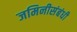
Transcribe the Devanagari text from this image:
जमिनीसंबंधी